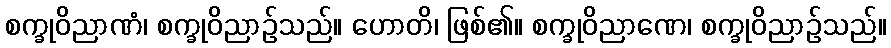
စက္ခုဝိညာဏံ၊ စက္ခုဝိညာဉ်သည်။ ဟောတိ၊ ဖြစ်၏။ စက္ခုဝိညာဏေ၊ စက္ခုဝိညာဉ်သည်။